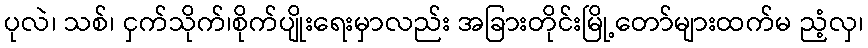
ပုလဲ၊ သစ်၊ ငှက်သိုက်၊စိုက်ပျိုးရေးမှာလည်း အခြားတိုင်းမြို့တော်များထက်မ ညံ့လှ၊